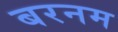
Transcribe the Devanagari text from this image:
बरनम